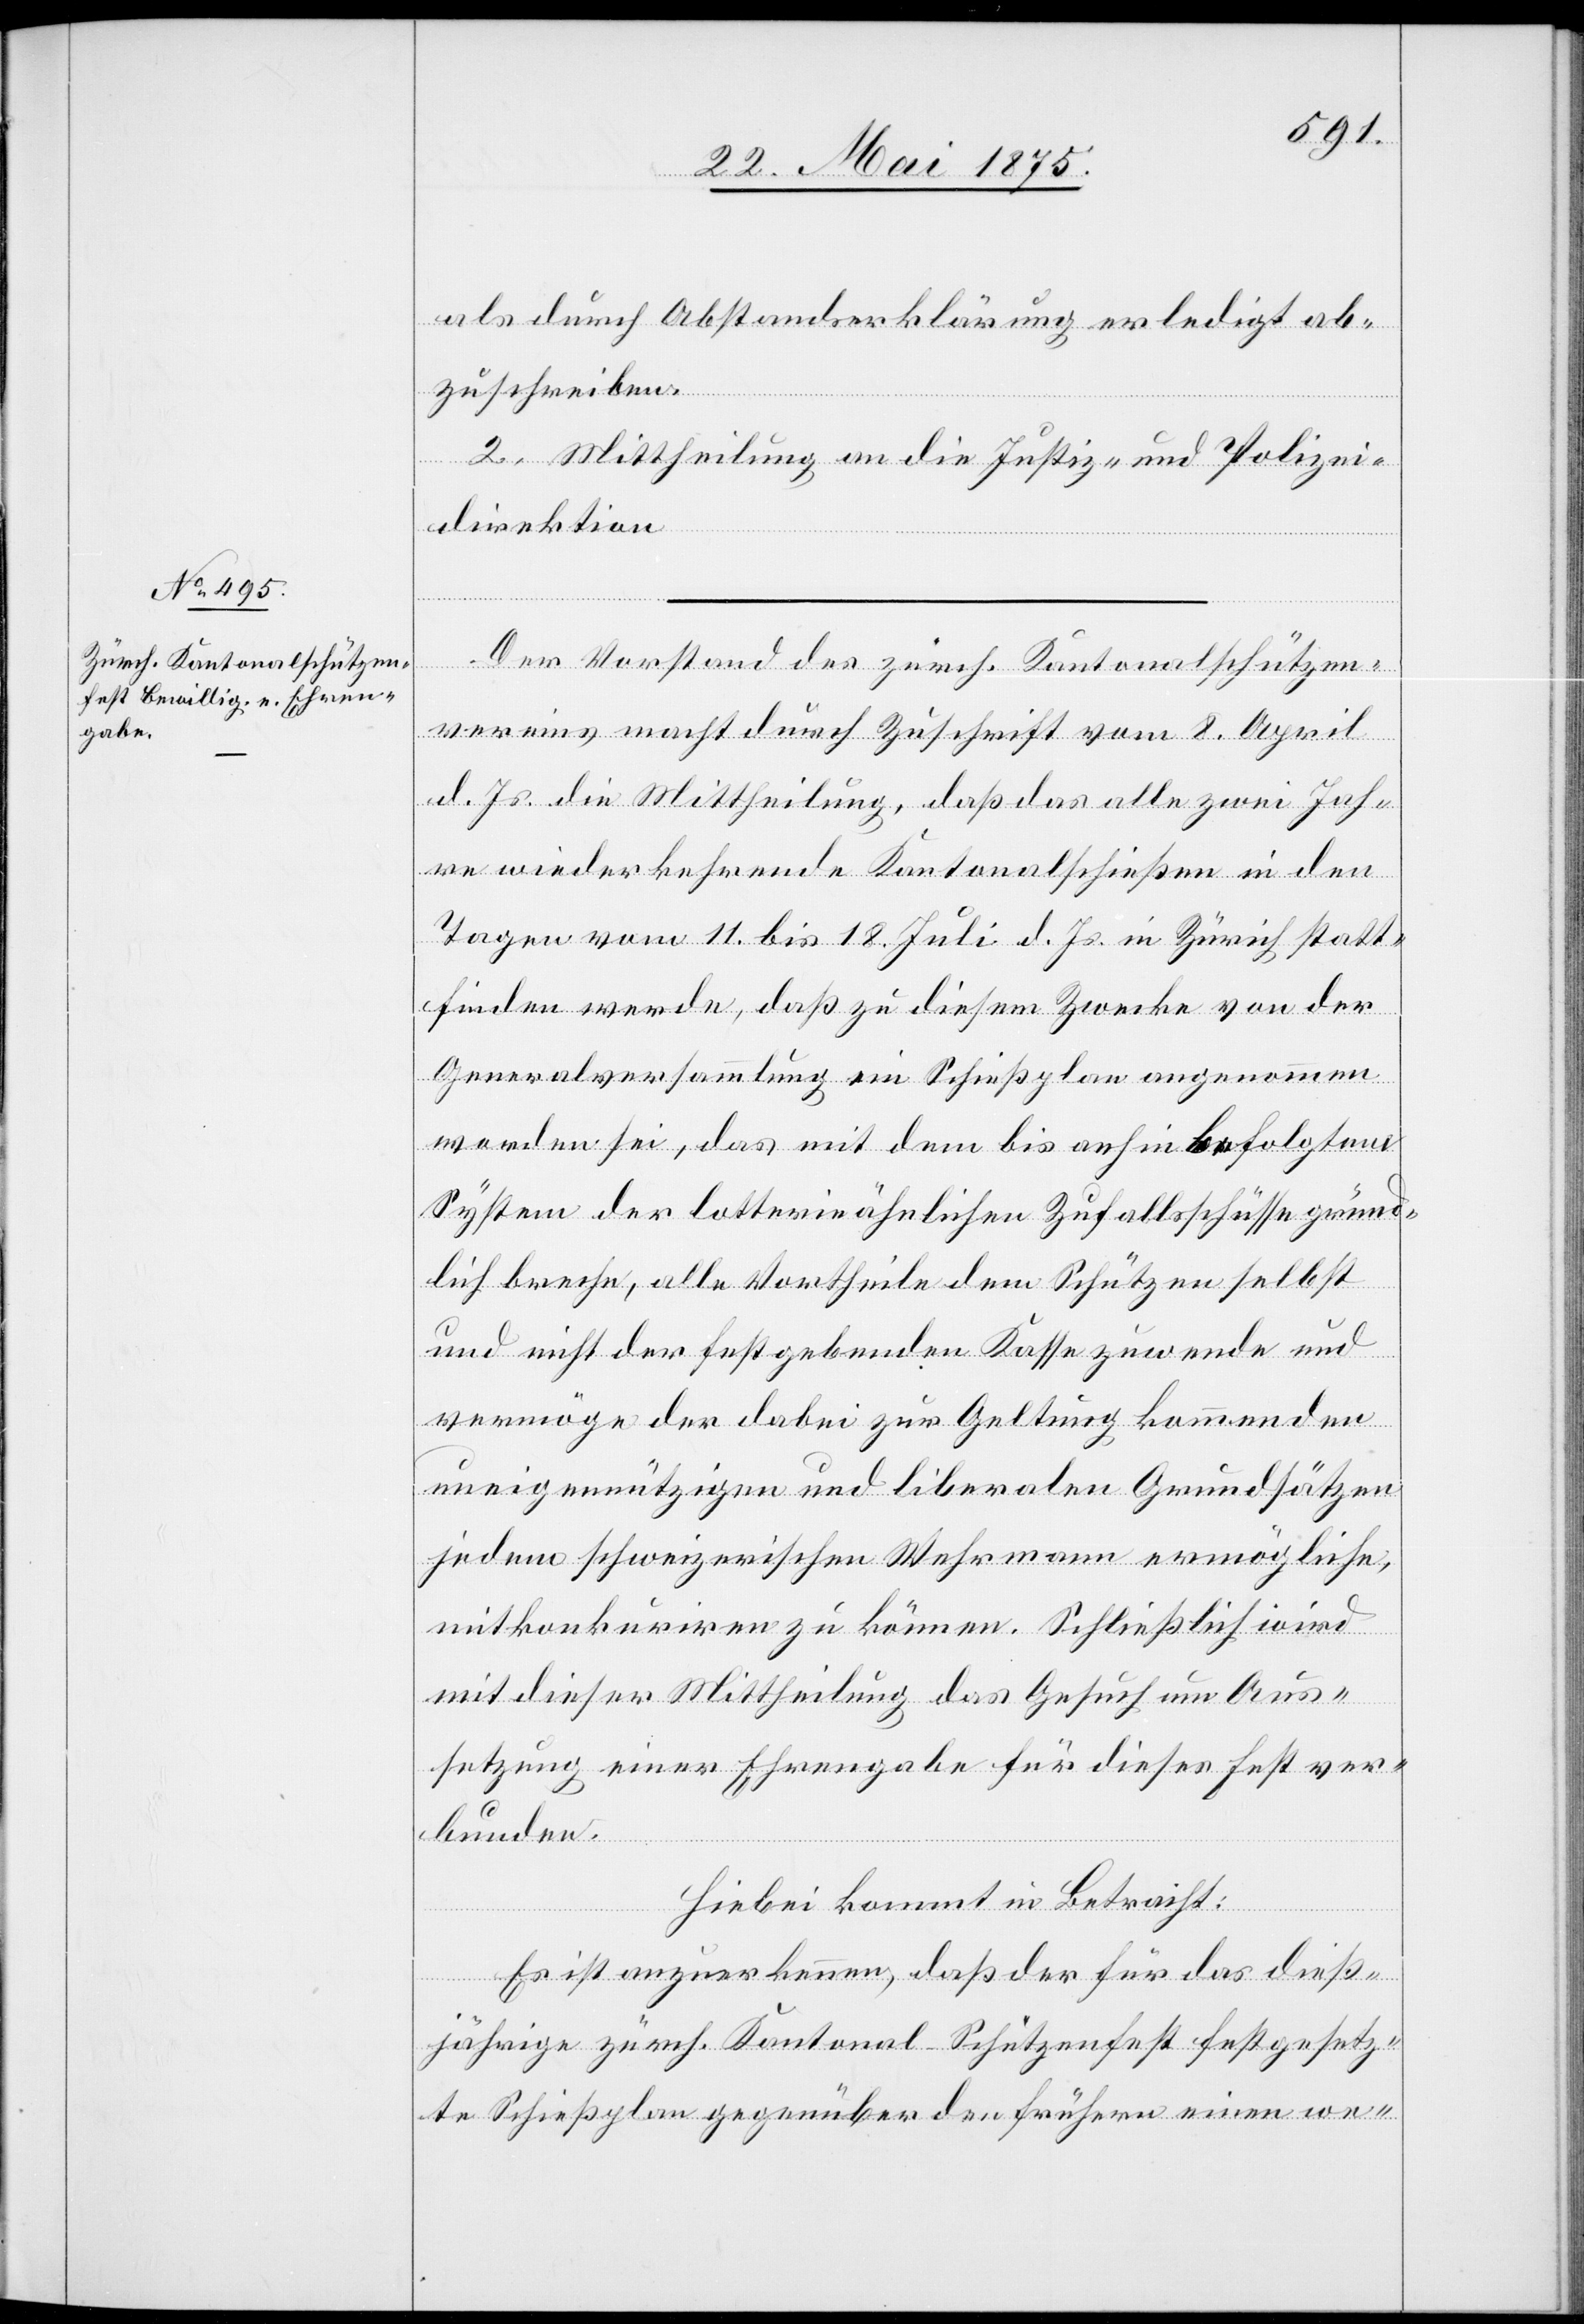
als durch Abstandserklärung erledigt ab¬
zuschreiben.
2. Mittheilung an die Justiz- und Polizei¬
direktion.
Der Vorstand der zürch. Kantonalschützen¬
vereins macht durch Zuschrift vom 8. April
d. Js. die Mittheilung, daß das alle zwei Jah¬
re wiederkehrende Kantonalschießen in den
Tagen vom 11. bis 18. Juli d. Js. in Zürich statt¬
finden werde, daß zu diesem Zwecke von der
Generalversammlung ein Schießplan angenommen
worden sei, das mit dem bis anhin befolgten
System der lotterieähnlichen Zufallsschüsse gründ¬
lich breche, alle Vortheile dem Schützen selbst
und nicht der festgebenden Kasse zuwende und
vermöge der dabei zur Geltung kommenden
uneigennützigen und liberalen Grundsätzen
jedem schweizerischen Wehrmann ermögliche,
mitkonkuriren zu können. Schließlich wird
mit dieser Mittheilung das Gesuch um Aus¬
setzung einer Ehrengabe für dieses Fest ver¬
bunden.
Hiebei kommt in Betracht:
Es ist anzuerkennen, daß der für das dieß¬
jährige zürch. Kantonal-Schützenfest festgesetz¬
te Schießplan gegenüber den frühern einen we-